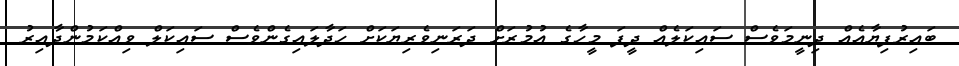
ބައިރުފިޔާއެއް ދިނީމަވެސް ސައިކަލެއް ދީފަ މީހާގެ ޢުމުރަށް ދަރަނިވެރިޔަކަށް ހަދާލައިގެންވެސް ސައިކަލް ވިއްކަމުންދާއިރު